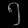
Digit: ၅